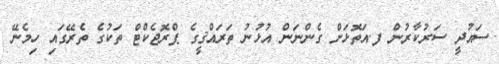
ސައުދީ ސަރުކާރުން ފ.އަތޮޅަށް ގެންނަން އުޅުނު ތަރައްޤީގެ ޕްރޮޖެކްޓް ތަކުގެ ތެރޭގައި ހިމެނޭ